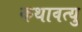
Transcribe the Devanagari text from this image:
कथावत्यु